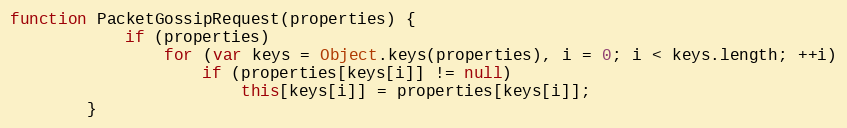
Language: JavaScript
function PacketGossipRequest(properties) {
			if (properties)
				for (var keys = Object.keys(properties), i = 0; i < keys.length; ++i)
					if (properties[keys[i]] != null)
						this[keys[i]] = properties[keys[i]];
		}